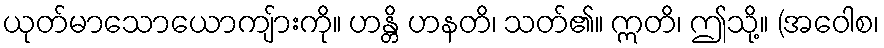
ယုတ်မာသောယောကျ်ားကို။ ဟန္တိ ဟနတိ၊ သတ်၏။ ဣတိ၊ ဤသို့။ (အဝေါစ၊